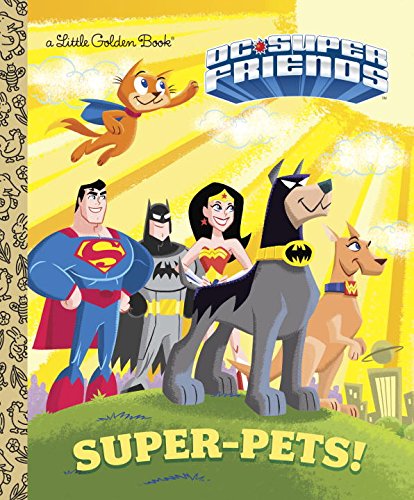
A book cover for Super-Pets! (DC Super Friends) (Little Golden Book); Billy Wrecks; Children's Books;